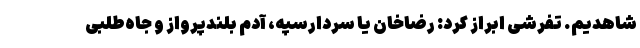
شاهدیم. تفرشی ابراز کرد: رضاخان یا سردارسپه، آدم بلندپرواز و جاه‌طلبی